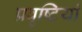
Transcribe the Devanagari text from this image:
प्रवृष्‍टियां